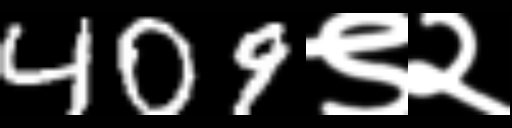
Text: 409९२